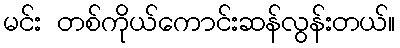
မင်း တစ်ကိုယ်ကောင်းဆန်လွန်းတယ်။